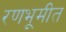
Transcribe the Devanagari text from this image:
रणभूमीत